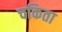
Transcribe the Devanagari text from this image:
चकिता